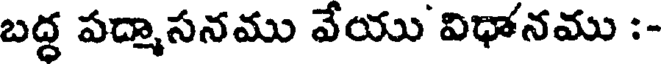
బద్ధ పద్మాసనము వేయు విధానము :-